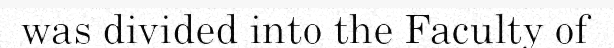
was divided into the Faculty of